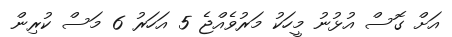
އަށް ގޮސް އުޅުނު މީހަކު މަރުވެއްޖެ 5 އަހަރު 6 މަސް ކުރިން